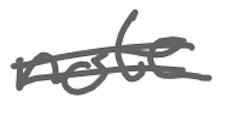
Text: not
Cross-out: double-line
Writing tool: digital_gray